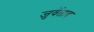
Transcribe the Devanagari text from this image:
जुवेंताद